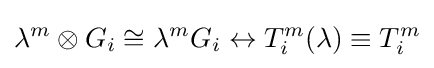
\lambda ^{m}\otimes G_{i}\cong \lambda ^{m}G_{i}\leftrightarrow T_{i}^{m}(\lambda )\equiv T_{i}^{m}